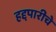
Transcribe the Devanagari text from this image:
हद्दपारीचे